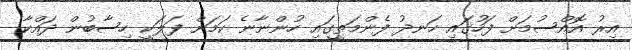
އިރު އޮއްސުމަށް ފަހުގައި ހަނދު ފެންމަތީގައި ހުންނާނެ ކަމަށް ފަލަކީ ހިސާބުން ދައްކާ